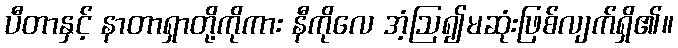
ပီတာနှင့် နာတာရှာတို့ကိုကား နီကိုလေ အံ့ဩ၍မဆုံးဖြစ်လျက်ရှိ၏။